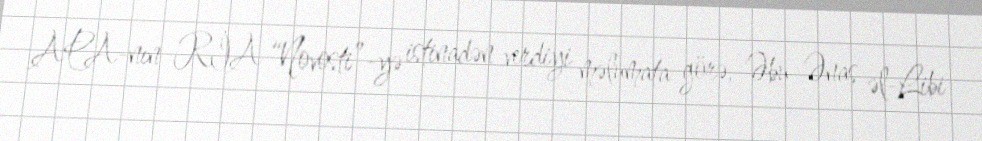
APA-nın RİA “Novosti”-yə istinadən verdiyi məlumata görə, Əbu Ənas əl-Libi